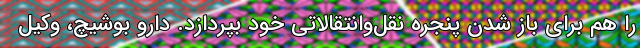
را هم برای باز شدن پنجره نقل‌وانتقالاتی خود بپردازد. دارو بوشیچ، وکیل